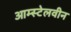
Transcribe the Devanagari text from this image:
आम्स्टेलवीन